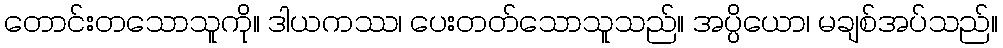
တောင်းတသောသူကို။ ဒါယကဿ၊ ပေးတတ်သောသူသည်။ အပ္ပိယော၊ မချစ်အပ်သည်။